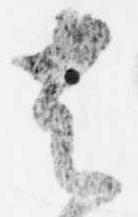
者